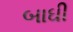
બાઘી